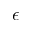
\epsilon